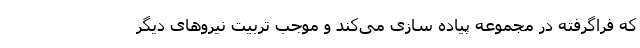
که فراگرفته در مجموعه پیاده سازی می‌کند و موجب تربیت نیرو‌های دیگر